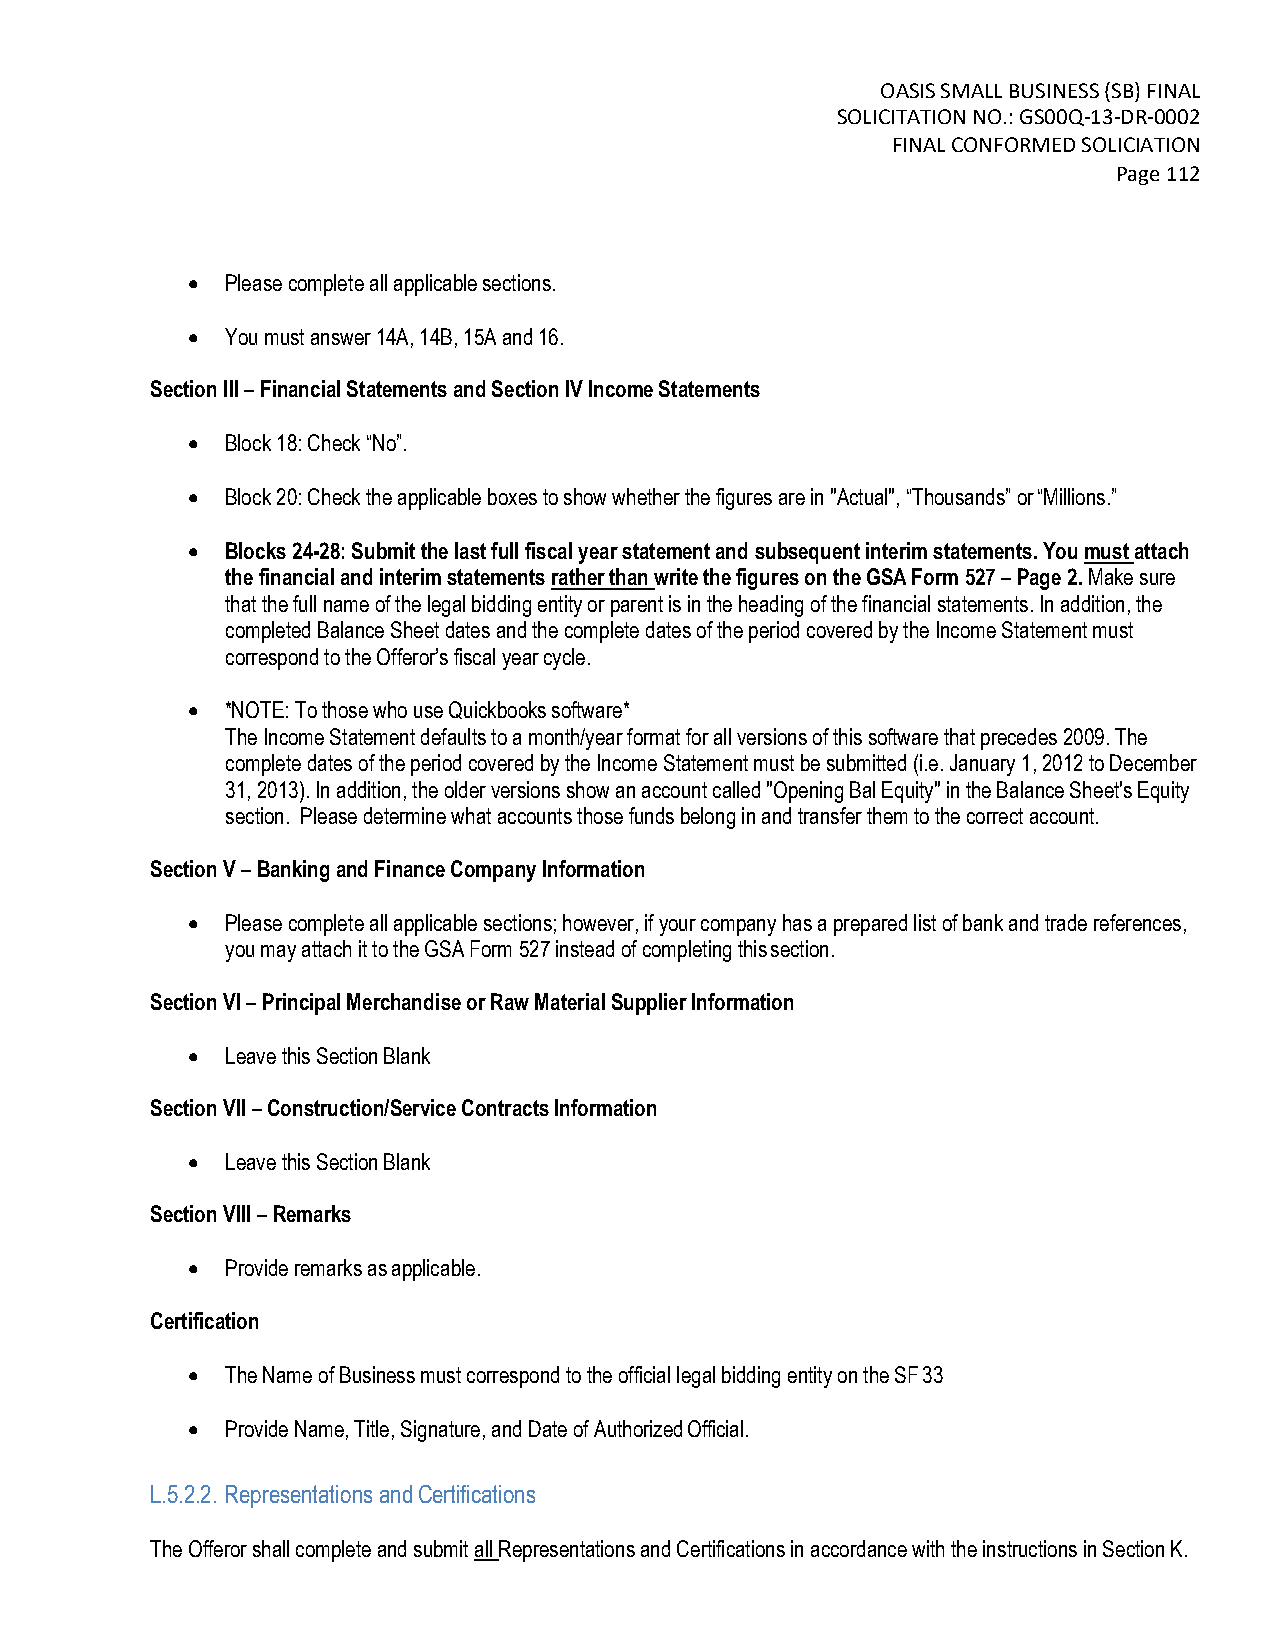
OASIS SMALL BUSINESS (SB) FINAL
 SOLICITATION NO.: GS00Q-13-DR-0002
 FINAL CONFORMED SOLICIATION
 Page 112
   Please complete all applicable sections.
   You must answer 14A, 14B, 15A and 16.
 Section III – Financial Statements and Section IV Income Statements
   Block 18: Check “No”.
   Block 20: Check the applicable boxes to show whether the figures are in "Actual", “Thousands” or “Millions.”
   Blocks 24-28: Submit the last full fiscal year statement and subsequent interim statements. You must attach
 the financial and interim statements rather than write the figures on the GSA Form 527 – Page 2. Make sure
 that the full name of the legal bidding entity or parent is in the heading of the financial statements. In addition, the
 completed Balance Sheet dates and the complete dates of the period covered by the Income Statement must
 correspond to the Offeror’s fiscal year cycle.
   *NOTE: To those who use Quickbooks software*
 The Income Statement defaults to a month/year format for all versions of this software that precedes 2009. The
 complete dates of the period covered by the Income Statement must be submitted (i.e. January 1, 2012 to December
 31, 2013). In addition, the older versions show an account called "Opening Bal Equity" in the Balance Sheet's Equity
 section. Please determine what accounts those funds belong in and transfer them to the correct account.
 Section V – Banking and Finance Company Information
   Please complete all applicable sections; however, if your company has a prepared list of bank and trade references,
 you may attach it to the GSA Form 527 instead of completing this section.
 Section VI – Principal Merchandise or Raw Material Supplier Information
   Leave this Section Blank
 Section VII – Construction/Service Contracts Information
   Leave this Section Blank
 Section VIII – Remarks
   Provide remarks as applicable.
 Certification
   The Name of Business must correspond to the official legal bidding entity on the SF 33
   Provide Name, Title, Signature, and Date of Authorized Official.
 L.5.2.2. Representations and Certifications
 The Offeror shall complete and submit all Representations and Certifications in accordance with the instructions in Section K.